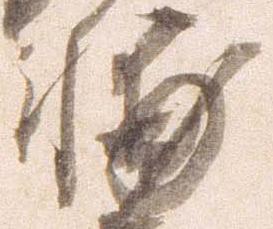
輔